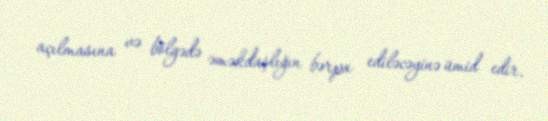
açılmasına və bölgədə əməkdaşlığın bərpa ediləcəyinə ümid edir.